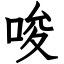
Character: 唆